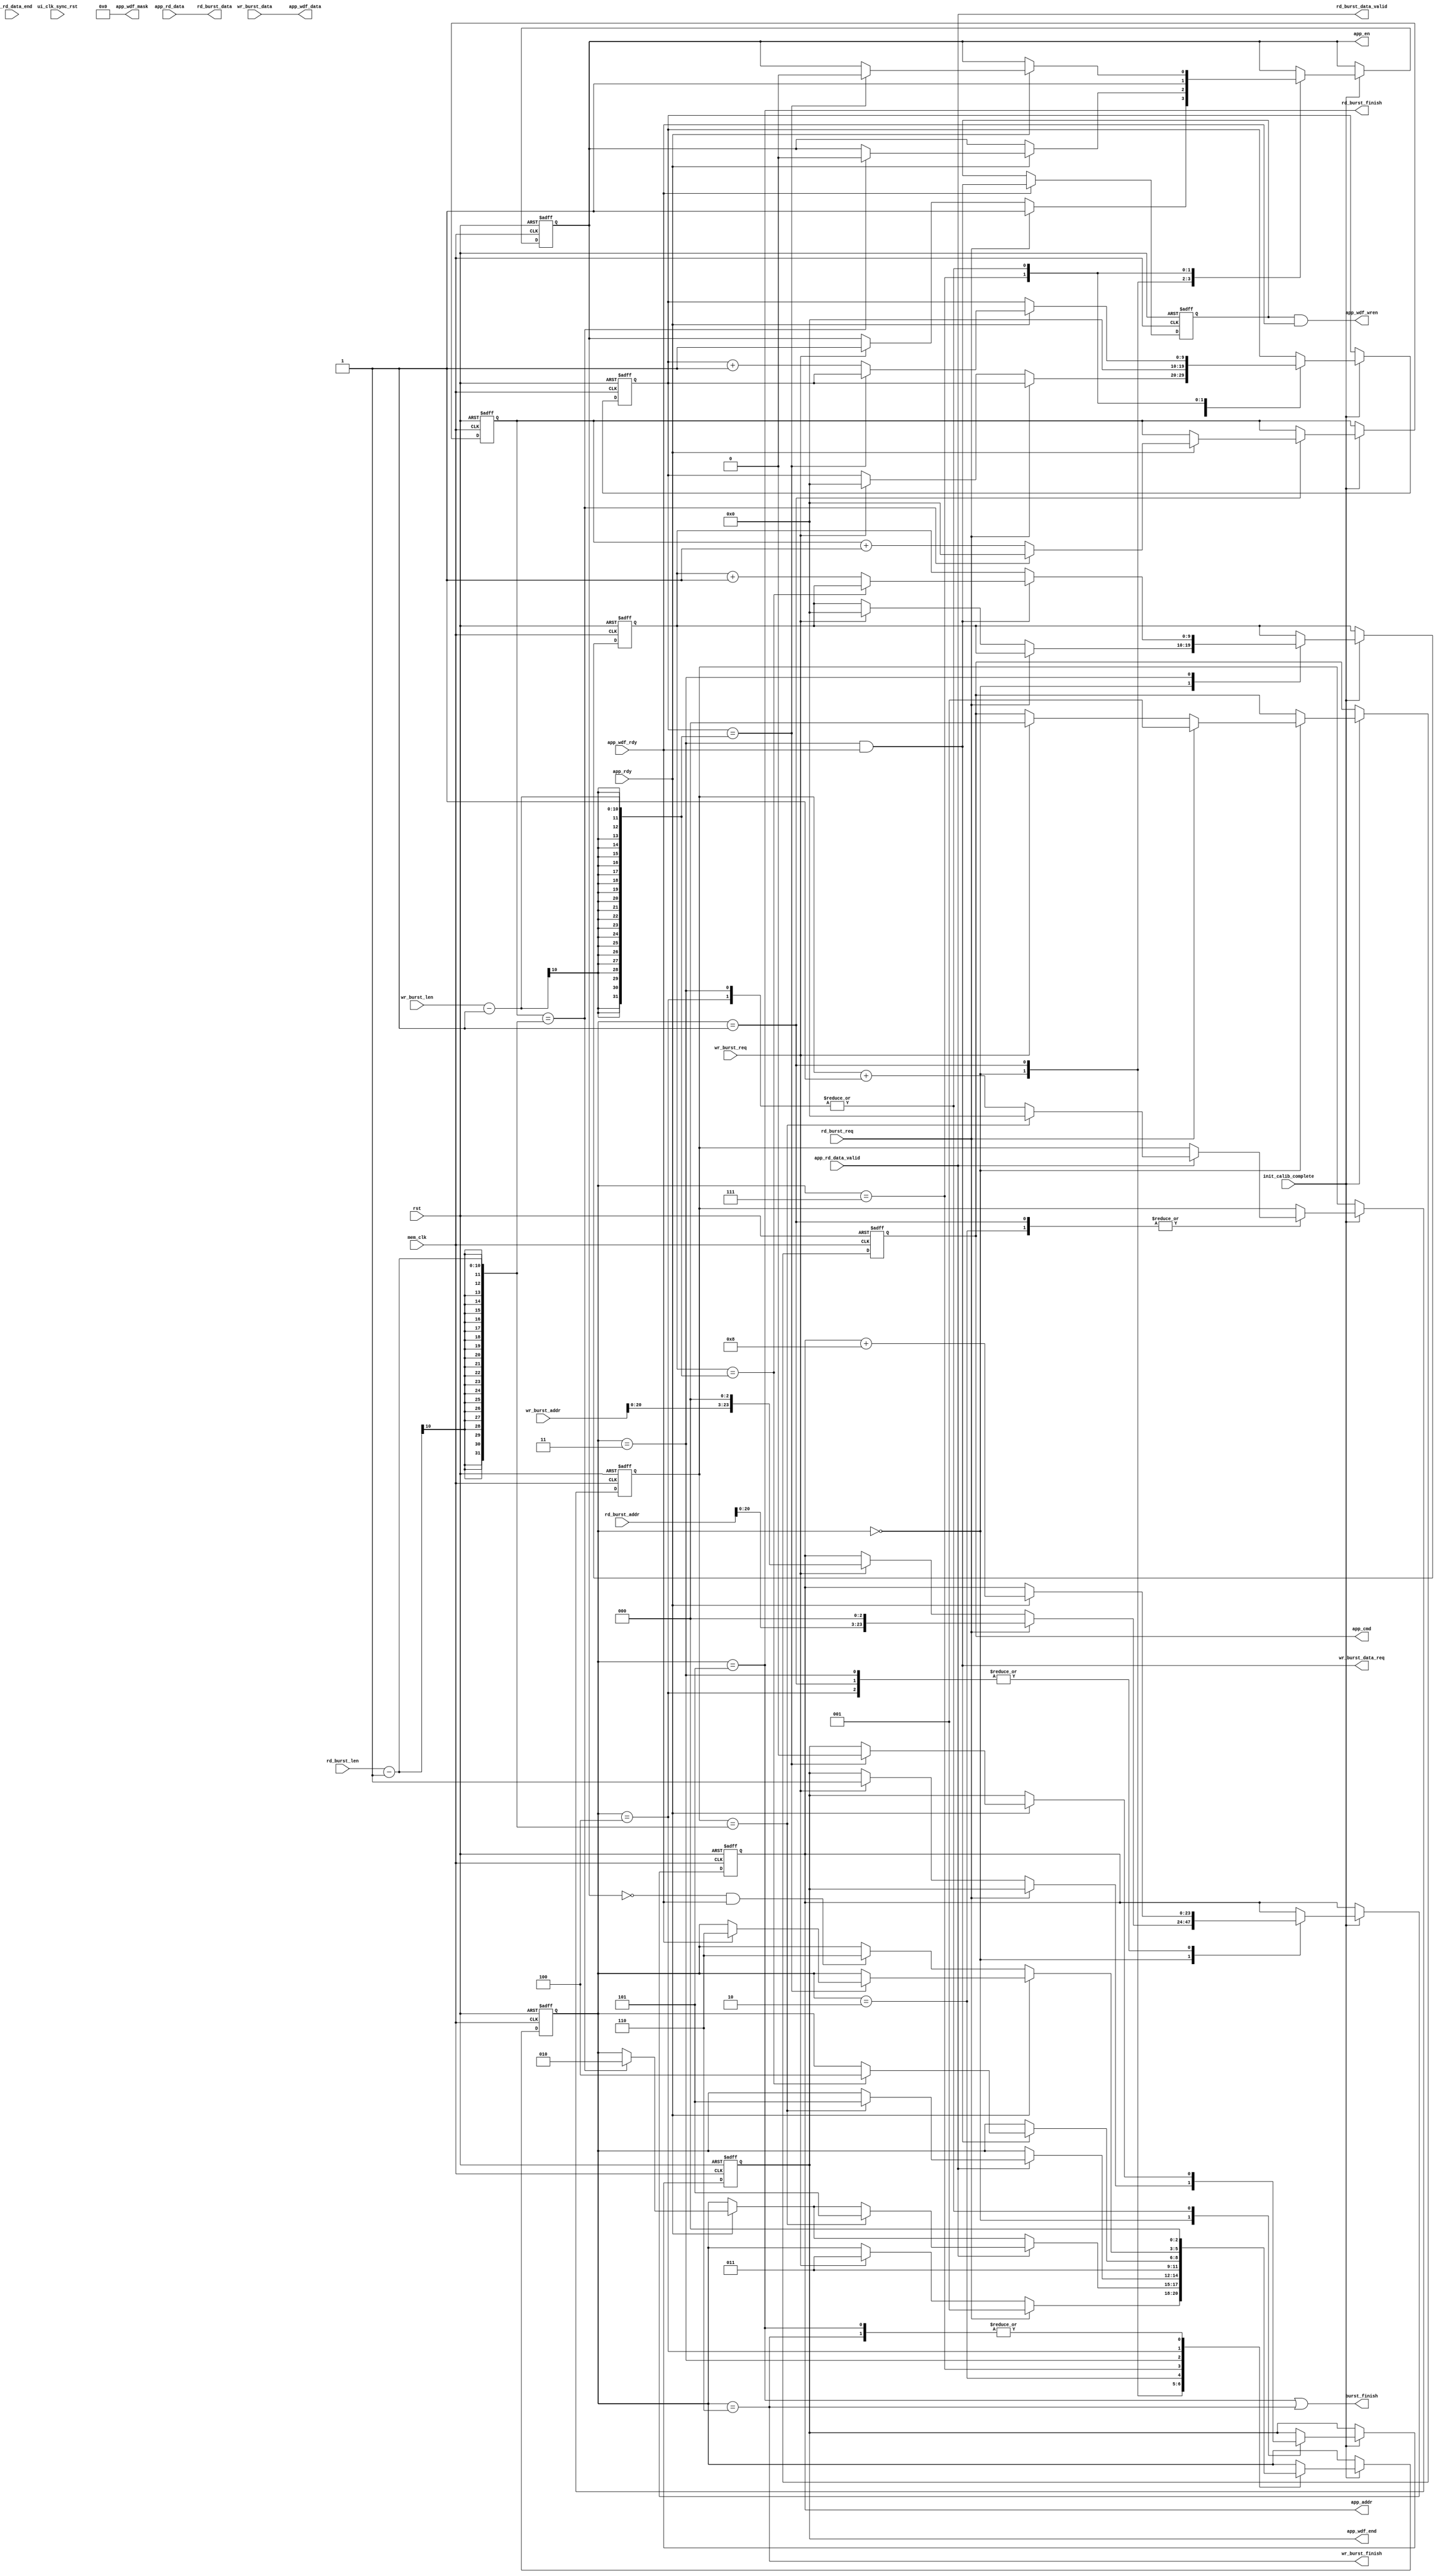

module mem_burst #(
	
	parameter MEM_DATA_BITS = 64,
	parameter ADDR_BITS = 24,
	parameter BURST_LENGTH_2LOG = 3
)
(
	input									rst,
	input									mem_clk,
	
	input									rd_burst_req,
	input									wr_burst_req,
	input		[9 : 0]						rd_burst_len,
	input		[9 : 0]						wr_burst_len,
	input		[ADDR_BITS-1 : 0]			rd_burst_addr,
	input		[ADDR_BITS-1 : 0]			wr_burst_addr,
	output									rd_burst_data_valid,
	output									wr_burst_data_req,
	output		[MEM_DATA_BITS-1 : 0]		rd_burst_data,
	input		[MEM_DATA_BITS-1 : 0]		wr_burst_data,
	output									rd_burst_finish,
	output									wr_burst_finish,
	output									burst_finish,
	
	output		[ADDR_BITS-1 : 0]			app_addr,
	output		[2 : 0]						app_cmd,
	output									app_en,
	output		[MEM_DATA_BITS-1 : 0]		app_wdf_data,
	output									app_wdf_end,
	output		[MEM_DATA_BITS/4'd8-1 : 0]	app_wdf_mask,
	output									app_wdf_wren,
	input		[MEM_DATA_BITS-1 : 0]		app_rd_data,
	input									app_rd_data_end,
	input									app_rd_data_valid,
	input									app_rdy,
	input									app_wdf_rdy,
	
	input									ui_clk_sync_rst,  
	input									init_calib_complete
);
	
	/////////////////////////////////////////////////////////////////////
	//	states
	/////////////////////////////////////////////////////////////////////
	localparam IDLE					= 3'd0;
	localparam MEM_READ				= 3'd1;
	localparam MEM_READ_WAIT		= 3'd2;
	localparam MEM_WRITE			= 3'd3;
	localparam MEM_WRITE_WAIT		= 3'd4;
	localparam READ_END				= 3'd5;
	localparam WRITE_END			= 3'd6;
	localparam MEM_WRITE_FIRST_READ	= 3'd7;
	/////////////////////////////////////////////////////////////////////
	
	assign app_wdf_mask = { (MEM_DATA_BITS / 4'd8) {1'b0}};
	
	reg		[2 : 0]				state;	
	reg		[9 : 0]				rd_addr_cnt;
	reg		[9 : 0]				rd_data_cnt;
	reg		[9 : 0]				wr_addr_cnt;
	reg		[9 : 0]				wr_data_cnt;
	
	reg		[2 : 0]				app_cmd_r;
	reg		[ADDR_BITS-1 : 0]	app_addr_r;
	reg							app_en_r;
	reg							app_wdf_end_r;
	reg							app_wdf_wren_r;
	
	assign app_cmd = app_cmd_r;
	assign app_addr = app_addr_r;
	assign app_en = app_en_r;
	assign app_wdf_end = app_wdf_end_r;
	assign app_wdf_data = wr_burst_data;
	assign app_wdf_wren = app_wdf_wren_r & app_wdf_rdy;
	
	assign rd_burst_finish = (state == READ_END);
	assign wr_burst_finish = (state == WRITE_END);
	
	assign rd_burst_data = app_rd_data;
	assign rd_burst_data_valid = app_rd_data_valid;
	
	assign wr_burst_data_req = (state == MEM_WRITE) & app_wdf_rdy;
	assign burst_finish = rd_burst_finish | wr_burst_finish;
	
	
	always@(posedge mem_clk or posedge rst)begin
		
		if(rst)begin
			app_wdf_wren_r <= 1'b0;
		end else begin
			if(app_wdf_rdy)begin
				app_wdf_wren_r <= wr_burst_data_req;
			end
		end
	end
	
	always@(posedge mem_clk or posedge rst)begin
		
		if(rst)begin
			state <= IDLE;
			app_cmd_r <= 3'b000;
			app_addr_r <= 0;
			app_en_r <= 1'b0;
			rd_addr_cnt <= 0;
			rd_data_cnt <= 0;
			wr_addr_cnt <= 0;
			wr_data_cnt <= 0;
			app_wdf_end_r <= 1'b0;
		end else begin
			
			if(init_calib_complete == 1'b1)begin
				
				case(state)
					
					IDLE: begin
						if(rd_burst_req)begin
							state <= MEM_READ;
							app_cmd_r <= 3'b001;
							app_addr_r <= {rd_burst_addr, {BURST_LENGTH_2LOG{1'b0}} };
							app_en_r <= 1'b1;
						end else if(wr_burst_req)begin
							state <= MEM_WRITE;
							app_cmd_r <= 3'b000;
							app_addr_r <= {wr_burst_addr, {BURST_LENGTH_2LOG{1'b0}} };
							app_en_r <= 1'b1;
							wr_addr_cnt <= 0;
							app_wdf_end_r <= 1'b1;
							wr_data_cnt <= 0;
						end
					end
					
					MEM_READ: begin
						
						if(app_rdy)begin
							app_addr_r <= app_addr_r + 4'd8;
							if(rd_addr_cnt == rd_burst_len - 1)begin
								state <= MEM_READ_WAIT;
								rd_addr_cnt <= 0;
								app_en_r <= 1'b0;
							end else begin
								rd_addr_cnt <= rd_addr_cnt + 1;
							end
						end
						
						if(app_rd_data_valid)begin
							if(rd_data_cnt == rd_burst_len - 1)begin
								rd_data_cnt <= 0;
								state <= READ_END;
							end else begin
								rd_data_cnt <= rd_data_cnt + 1;
							end
						end
					end
				
					MEM_READ_WAIT: begin
						
						if(app_rd_data_valid)begin
							if(rd_data_cnt == rd_burst_len - 1)begin
								rd_data_cnt <= 0;
								state <= READ_END;
							end else begin
								rd_data_cnt <= rd_data_cnt + 1;
							end
						end
					end
					
					MEM_WRITE_FIRST_READ: begin
						
						app_en_r <= 1'b1;
						state <= MEM_WRITE;
						wr_addr_cnt <= 0;
					end
				
					MEM_WRITE: begin
						
						if(app_rdy)begin
							
							app_addr_r <= app_addr_r + 4'd8;
							
							if(wr_addr_cnt == wr_burst_len - 1)begin
								app_wdf_end_r <= 1'b0;
								app_en_r <= 1'b0;
							end else begin
								wr_addr_cnt <= wr_addr_cnt + 1;
							end
						end
						
						if(wr_burst_data_req)begin
							if(wr_data_cnt == wr_burst_len - 1)begin
								state <= MEM_WRITE_WAIT;
							end else begin
								wr_data_cnt <= wr_data_cnt + 1;
							end
						end
					end
					
					MEM_WRITE_WAIT: begin
						
						if(app_rdy)begin
							
							app_addr_r <= app_addr_r + 4'd8;
							if(wr_addr_cnt == wr_burst_len - 1)begin
								app_wdf_end_r <= 1'b0;
								app_en_r <= 1'b0;
								
								if(app_wdf_rdy)begin
									state <= WRITE_END;
								end
							end else begin
								wr_addr_cnt <= wr_addr_cnt + 1;
							end
						end else if(~app_en_r & app_wdf_rdy)begin
							state <= WRITE_END;
						end
					end
					
					WRITE_END: state <= IDLE;
					READ_END: state <= IDLE;
					
					default: state <= IDLE;
					
				endcase
			end
		end
	end
	
endmodule